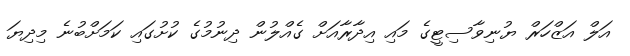
އަލް އަޒްހަރް ޔުނިވާސިޓީގެ މައި އިދާރާއަށް ގެއްލުން ދިނުމުގެ ކުށުގައި ކަމަށްބުނެ މިދިޔަ